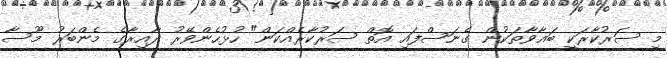
މި ސަރުކާރަކީ ބަޣާވާތަކުން ގެނަސްފައި އޮތް ސަރުކާރެއްކަން" ހުޅުހެންވޭރު ދާއިރާގެ މެންބަރު މޫސާ